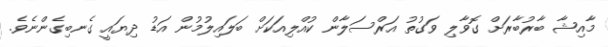
މާއިޝާ ބާރުބާރަށް ގޮވާލި ވަގުތު އަރްސަލާން ކުއްލިއަކަށް ބަލައިލުމުން އަޑު ދިޔައީ ގެނބިގެންނެވެ.